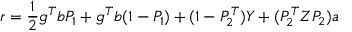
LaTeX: r = { \frac { 1 } { 2 } } g \sp { T } b P _ { 1 } + g \sp { T } b ( 1 - P _ { 1 } ) + ( 1 - P _ { 2 } \sp { T } ) Y + ( P _ { 2 } \sp { T } Z P _ { 2 } ) a